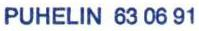
PUHELIN 63 06 91